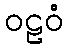
ဝဠဝံ